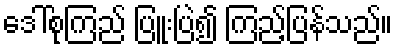
ဒေါ်စုကြည် ပြူးပြဲ၍ ကြည့်ပြန်သည်။